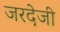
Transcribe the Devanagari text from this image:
जरदेजी